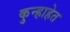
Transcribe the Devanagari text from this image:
कुन्हाहेत